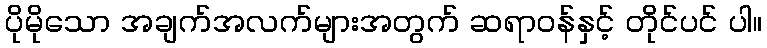
ပိုမိုသော အချက်အလက်များအတွက် ဆရာဝန်နှင့် တိုင်ပင် ပါ။